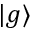
| g \rangle